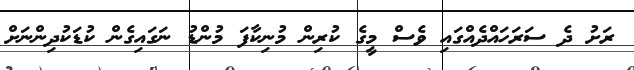
ރަށު ދެ ސަރަހައްދެއްގައި ވެސް މީގެ ކުރިން މުނިކާފަ މުންޑު ނަގައިގެން ކުޑަކުދިންނަށް